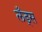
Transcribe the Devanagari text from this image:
लँड्स